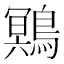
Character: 𲍤